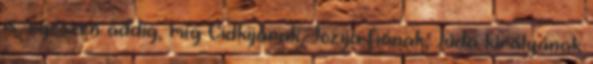
is, egészen addig, míg Cidkijának, Jozija fiának, Júda királyának